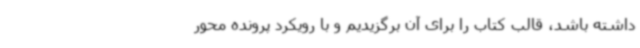
داشته باشد، قالب کتاب را برای آن برگزیدیم و با رویکرد پرونده محور